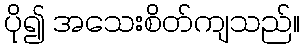
ပို၍ အသေးစိတ်ကျသည်။